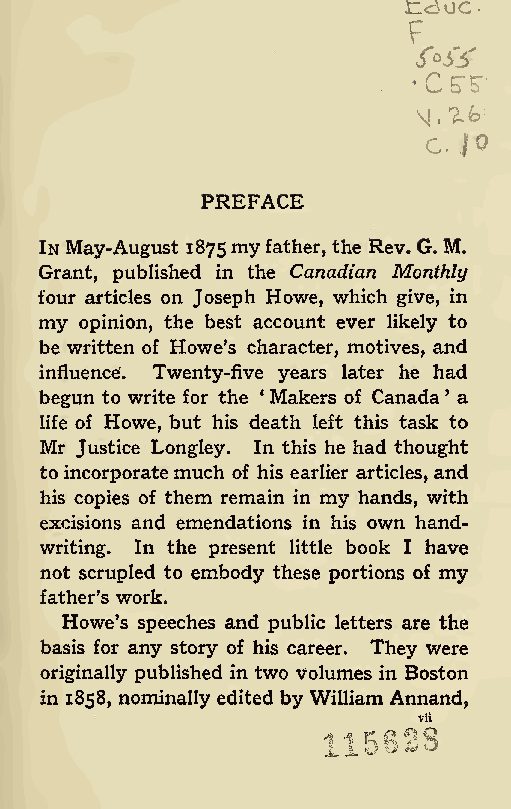
tdUC
 •
 F
 f»SjT
 C  5"
 . •  S'
 jo
 C.
 PREFACE
 In May-August 1875my father, the Rev. G. M.
 Grant, published in the Canadian Monthly
 four articles on Joseph Howe, which give, in
 my opinion, the best account ever likely to
 be written of Howe’s character, motives, and
 influence. Twenty-five years later he had
 begun to write for the 1Makers of Canada ’ a
 life of Howe, but his death left this task to
 Mr Justice Longley. In this he had thought
 to incorporatemuch of his earlier articles, and
 his copies of them remain in my hands, with
 excisions and emendations in his own hand-
 writing. In the present little book I have
 not scrupled to embody these portions of my
 father’s work.
 Howe’s speeches and public letters are the
 basis for any story of his career. They were
 originally published in two volumes in Boston
 in 1858, nominally edited by William Annand,
 vii
 a a O ^ ^
 JL JL